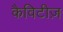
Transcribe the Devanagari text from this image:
कैविटीज़